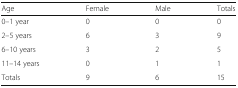
<table><thead><tr><td><b>Age</b></td><td><b>Female</b></td><td><b>Male</b></td><td><b>Totals</b></td></tr></thead><tbody><tr><td>0–1 year</td><td>0</td><td>0</td><td>0</td></tr><tr><td>2–5 years</td><td>6</td><td>3</td><td>9</td></tr><tr><td>6–10 years</td><td>3</td><td>2</td><td>5</td></tr><tr><td>11–14 years</td><td>0</td><td>1</td><td>1</td></tr><tr><td>Totals</td><td>9</td><td>6</td><td>15</td></tr></tbody></table>